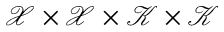
\mathcal { X } \times \mathcal { X } \times \mathcal { K } \times \mathcal { K }